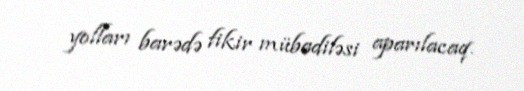
yolları barədə fikir mübadiləsi aparılacaq.